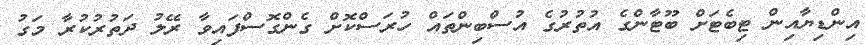
އިންޑިޔާއިން ޓިބެޓަށް ބޫޓާންގެ އުތުރުގެ އުސްބިންތައް ހުރަސްކޮށް ގެންގޮސްފައިވާ ރޭލު ދަތުރުކުރާ މަގު